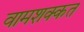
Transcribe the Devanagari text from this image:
वामशक्कत